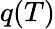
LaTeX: q(T)